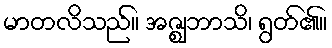
မာတလိသည်။ အဇ္ဈဘာသိ၊ ရွတ်၏။